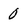
Character: o